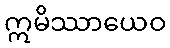
ဣမိဿာယေဝ